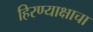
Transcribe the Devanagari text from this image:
हिरण्याक्षाचा